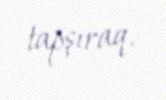
tapşıraq.